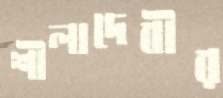
শীলাদেবীর